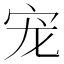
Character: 宠